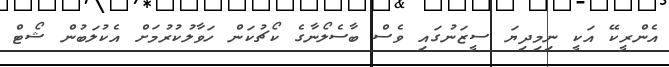
އެންރީކޭ އަކީ ނިމިދިޔަ ސީޒަނުގައި ވެސް ބާސެލޯނާގެ ކޯޗުކަން ހަވާލުކުރުމަށް އެކުލަބުން ޝޯޓް